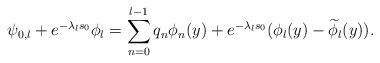
LaTeX: \begin{align*} \psi_{0,l}+e^{-\lambda_l s_0}\phi_l=\sum_{n=0}^{l-1}q_n\phi_n(y)+e^{-\lambda_l s_0}(\phi_l(y)-\widetilde\phi_l(y)). \end{align*}